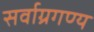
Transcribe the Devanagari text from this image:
सर्वाग्रगण्य